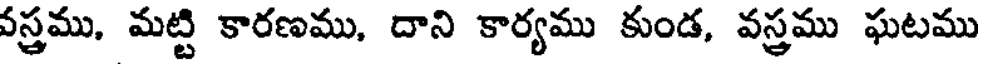
వస్త్రము, మట్టి కారణము, దాని కార్యము కుండ, వస్త్రము ఘటము